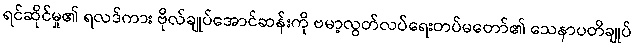
ရင်ဆိုင်မှု၏ ရလဒ်ကား ဗိုလ်ချုပ်အောင်ဆန်းကို ဗမာ့လွတ်လပ်ရေးတပ်မတော်၏ သေနာပတိချုပ်